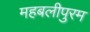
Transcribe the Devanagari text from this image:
महबलीपुरम